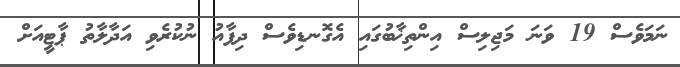
ނަމަވެސް 19 ވަނަ މަޖިލިސް އިންތިޚާބުގައި އެގޮނޑިވެސް ދިފާއު ނުކުރެވި އަދާލާތު ޕާޓީއަށް